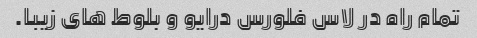
تمام راه در لاس فلورس درایو و بلوط های زیبا.